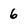
Character: 6